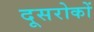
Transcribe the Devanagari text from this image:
दूसरोकों